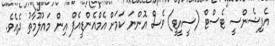
އެފިޝެންސީ ޓެސްޓް (ސީއީޓީ) ވެސް އޮންނަ ކަމަށް އެމްއެންޑީއެފް އިން މައުލޫމާތު ދެއެވެ.